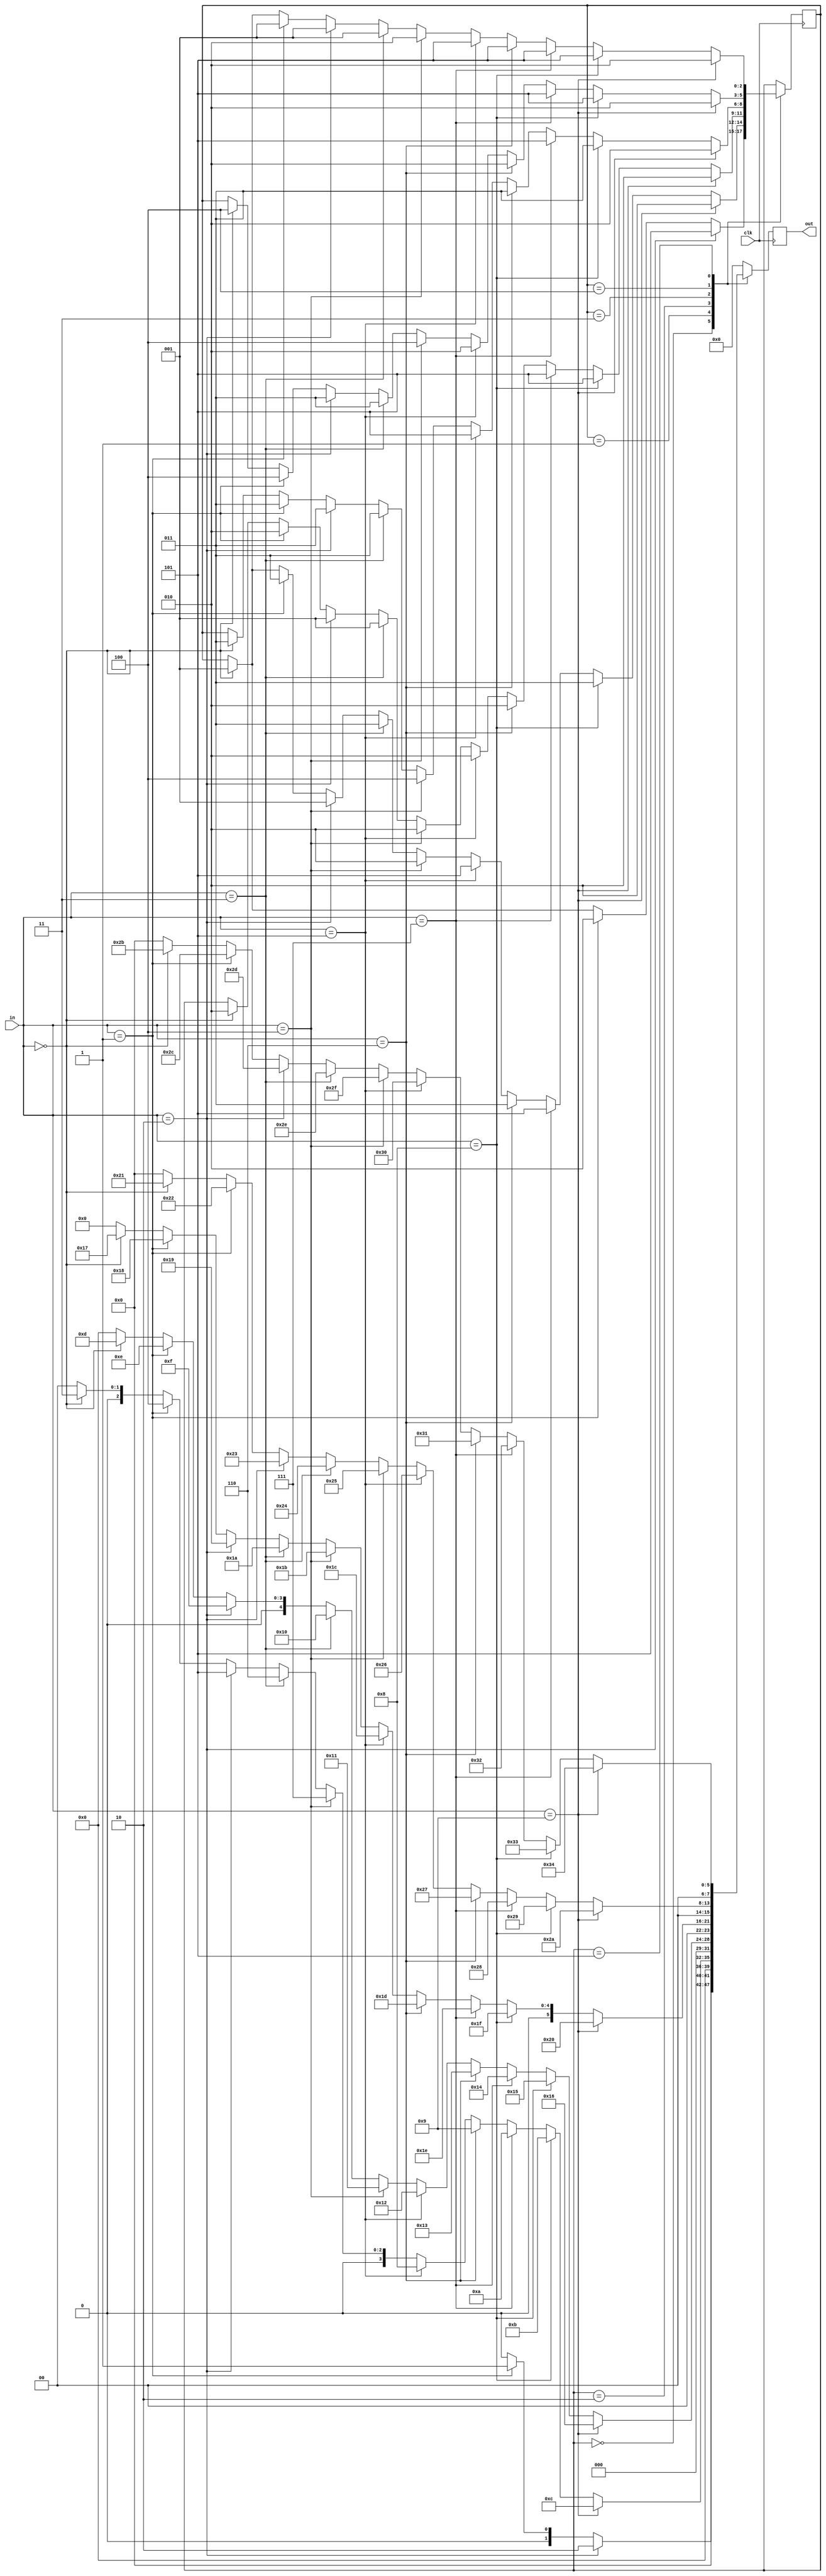
module top(input clk,input[3:0] in, output [7:0] out);
        reg[2:0] state;
        always @(posedge clk) begin
                out<=0;
                case (state)
                        0: begin
                                if(in == 0) begin
                                        state<=1;
                                        out<=0;
                                end
                                if(in == 1) begin
                                        state<=2;
                                        out<=1;
                                end
                                if(in == 2) begin
                                        state<=5;
                                        out<=2;
                                end
                        end
                        1: begin
                                if(in == 0) begin
                                        state<=1;
                                        out<=3;
                                end
                                if(in == 1) begin
                                        state<=3;
                                        out<=4;
                                end
                                if(in == 2) begin
                                        state<=1;
                                        out<=5;
                                end
                                if(in == 3) begin
                                        state<=3;
                                        out<=6;
                                end
                                if(in == 4) begin
                                        state<=2;
                                        out<=7;
                                end
                                if(in == 5) begin
                                        state<=5;
                                        out<=8;
                                end
                                if(in == 6) begin
                                        state<=3;
                                        out<=9;
                                end
                                if(in == 7) begin
                                        state<=5;
                                        out<=10;
                                end
                                if(in == 8) begin
                                        state<=3;
                                        out<=11;
                                end
                                if(in == 9) begin
                                        state<=2;
                                        out<=12;
                                end
                        end
                        2: begin
  if(in == 0) begin
                                        state<=2;
                                        out<=13;
                                end
                                if(in == 1) begin
                                        state<=2;
                                        out<=14;
                                end
                                if(in == 2) begin
                                        state<=1;
                                        out<=15;
                                end
                                if(in == 3) begin
                                        state<=1;
                                        out<=16;
                                end
                                if(in == 4) begin
                                        state<=2;
                                        out<=17;
                                end
                                if(in == 5) begin
                                        state<=2;
                                        out<=18;
                                end
                                if(in == 6) begin
                                        state<=2;
                                        out<=19;
                                end
                                if(in == 7) begin
                                        state<=5;
                                        out<=20;
                                end
                                if(in == 8) begin
                                        state<=5;
                                        out<=21;
                                end
                                if(in == 9) begin
                                        state<=2;
                                        out<=22;
                                end
                        end
 3: begin
                                if(in == 0) begin
                                        state<=3;
                                        out<=23;
                                end
                                if(in == 1) begin
                                        state<=3;
                                        out<=24;
                                end
                                if(in == 2) begin
                                        state<=3;
                                        out<=25;
                                end
                                if(in == 3) begin
                                        state<=3;
                                        out<=26;
                                end
                                if(in == 4) begin
                                        state<=4;
                                        out<=27;
                                end
                                if(in == 5) begin
                                        state<=5;
                                        out<=28;
                                end
                                if(in == 6) begin
                                        state<=3;
                                        out<=29;
                                end
                                if(in == 7) begin
                                        state<=5;
                                        out<=30;
                                end
                                if(in == 8) begin
                                        state<=3;
                                        out<=31;
                                end
                                if(in == 9) begin
                                        state<=2;
                                        out<=32;
                                end
                        end
4: begin
                                if(in == 0) begin
                                        state<=4;
                                        out<=33;
                                end
                                if(in == 1) begin
                                        state<=4;
                                        out<=34;
                                end
                                if(in == 2) begin
                                        state<=3;
                                        out<=35;
                                end
                                if(in == 3) begin
                                        state<=3;
                                        out<=36;
                                end
                                if(in == 4) begin
                                        state<=4;
                                        out<=37;
                                end
                                if(in == 5) begin
                                        state<=2;
                                        out<=38;
                                end
                                if(in == 6) begin
                                        state<=2;
                                        out<=39;
                                end
                                if(in == 7) begin
                                        state<=5;
                                        out<=40;
                                end
                                if(in == 8) begin
                                        state<=5;
                                        out<=41;
                                end
                                if(in == 9) begin
                                        state<=2;
                                        out<=42;
                                end
                        end
   5: begin
                                if(in == 0) begin
                                        state<=1;
                                        out<=43;
                                end
                                if(in == 1) begin
                                        state<=1;
                                        out<=44;
                                end
                                if(in == 2) begin
                                        state<=1;
                                        out<=45;
                                end
                                if(in == 3) begin
                                        state<=1;
                                        out<=46;
                                end
                                if(in == 4) begin
                                        state<=2;
                                        out<=47;
                                end
                                if(in == 5) begin
                                        state<=5;
                                        out<=48;
                                end
                                if(in == 6) begin
                                        state<=5;
                                        out<=49;
                                end
                                if(in == 7) begin
                                        state<=5;
                                        out<=50;
                                end
                                if(in == 8) begin
                                        state<=5;
                                        out<=51;
                                end
                                if(in == 9) begin
                                        state<=2;
                                        out<=52;
                                end
                        end
                endcase
        end
endmodule